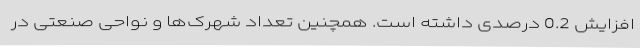
افزایش 0.2 درصدی داشته است. همچنین تعداد شهرک‌ها و نواحی صنعتی در